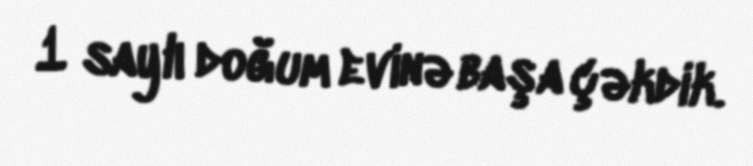
1 saylı doğum evinə başa çəkdik.